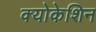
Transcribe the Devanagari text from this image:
क्योकेशिन